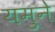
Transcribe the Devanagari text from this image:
यमुने